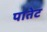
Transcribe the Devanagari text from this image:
पातेट